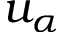
u _ { \alpha }